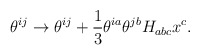
\begin{align*}\theta^{ij} \to \theta^{ij} + {\frac{1}{3}} \theta^{ia} \theta^{jb} H_{abc}x^{c}.\end{align*}